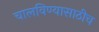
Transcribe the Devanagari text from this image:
चालविण्यासाठीच